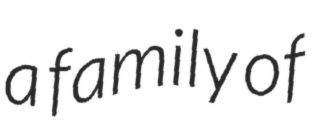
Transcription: a family of